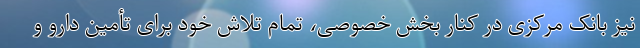
نیز بانک مرکزی در کنار بخش خصوصی، تمام تلاش خود برای تأمین دارو و